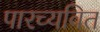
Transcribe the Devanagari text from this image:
पारच्यवित